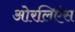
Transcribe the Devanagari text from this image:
ओरलिएंस